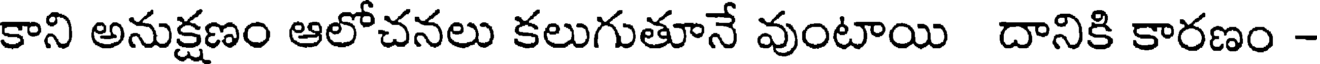
కాని అనుక్షణం ఆలోచనలు కలుగుతూనే వుంటాయి దానికి కారణం -